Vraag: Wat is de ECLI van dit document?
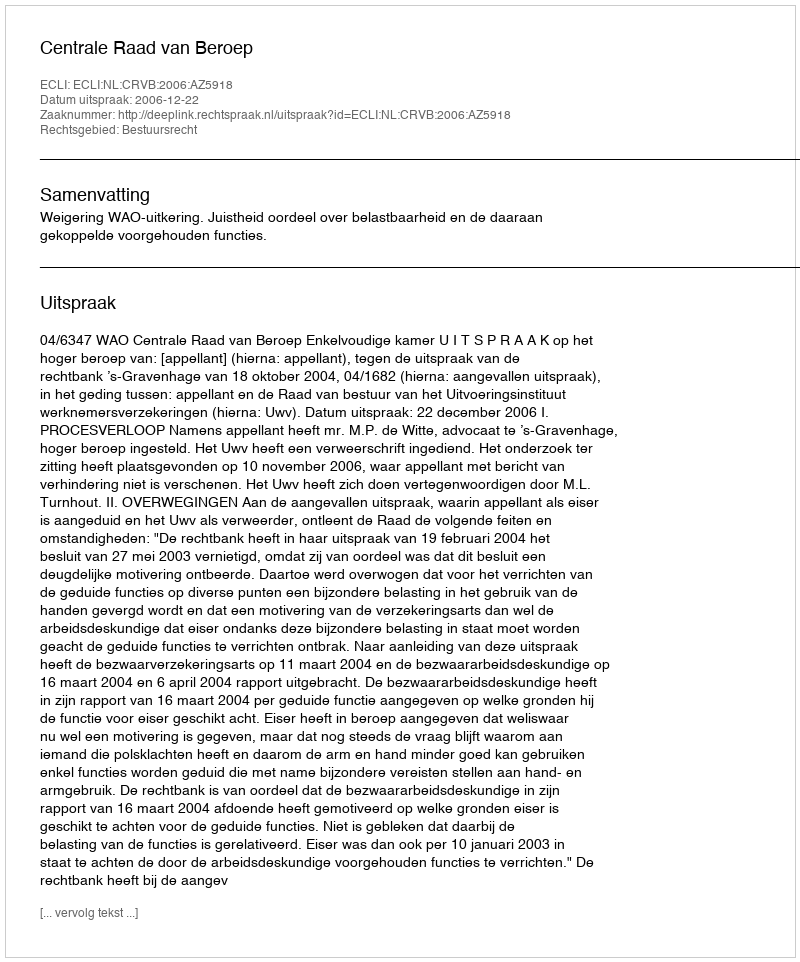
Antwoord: ECLI:NL:CRVB:2006:AZ5918